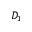
D _ { 1 }